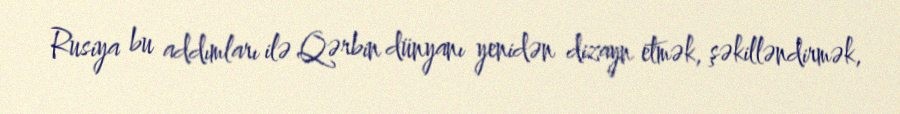
Rusiya bu addımları ilə Qərbin dünyanı yenidən dizayn etmək, şəkilləndirmək,